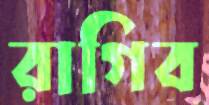
রাগিব